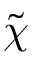
\tilde { \chi }